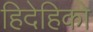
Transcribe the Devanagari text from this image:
हिदेहिको